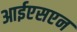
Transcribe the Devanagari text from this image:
आईएसएन